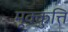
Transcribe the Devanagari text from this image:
मूक्कुत्ति